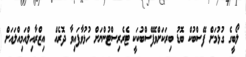
ލޯބީގެ ގުޅުމަށް ފޭސްބުކް ބޮޑު ބިރަކަށްވޭފޭސްބުކަކީ ޓެރެރިސްޓުންނަށް ހުޅުވާފައިވާ ދޮރެއް  އިޒްރާއިލްއަމިއްލައަށް